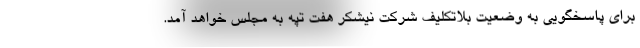
برای پاسخگویی به وضعیت بلاتکلیف شرکت نیشکر هفت تپه به مجلس خواهد آمد.